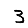
Digit: 3